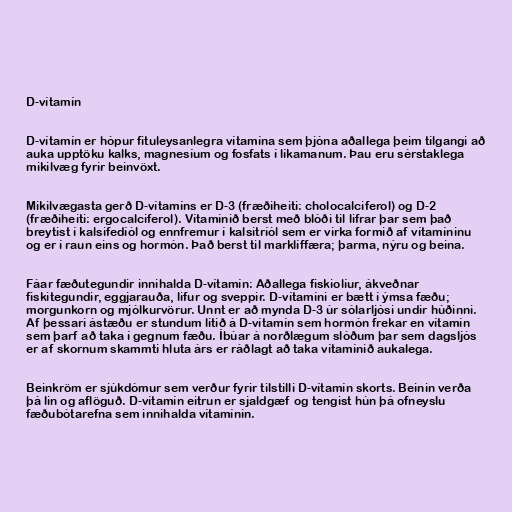
D-vítamín

D-vítamín er hópur fituleysanlegra vítamína sem þjóna aðallega þeim tilgangi að
auka upptöku kalks, magnesíum og fosfats í líkamanum. Þau eru sérstaklega
mikilvæg fyrir beinvöxt.

Mikilvægasta gerð D-vítamíns er D-3 (fræðiheiti: cholocalciferol) og D-2
(fræðiheiti: ergocalciferol). Vítamínið berst með blóði til lifrar þar sem það
breytist í kalsifedíól og ennfremur í kalsitríól sem er virka formið af vítamíninu
og er í raun eins og hormón. Það berst til marklíffæra; þarma, nýru og beina.

Fáar fæðutegundir innihalda D-vítamín: Aðallega fiskiolíur, ákveðnar
fiskitegundir, eggjarauða, lifur og sveppir. D-vítamíni er bætt í ýmsa fæðu;
morgunkorn og mjólkurvörur. Unnt er að mynda D-3 úr sólarljósi undir húðinni.
Af þessari ástæðu er stundum litið á D-vítamín sem hormón frekar en vítamín
sem þarf að taka í gegnum fæðu. Íbúar á norðlægum slóðum þar sem dagsljós
er af skornum skammti hluta árs er ráðlagt að taka vítamínið aukalega.

Beinkröm er sjúkdómur sem verður fyrir tilstilli D-vítamín skorts. Beinin verða
þá lin og aflöguð. D-vítamín eitrun er sjaldgæf og tengist hún þá ofneyslu
fæðubótarefna sem innihalda vítamínin.